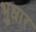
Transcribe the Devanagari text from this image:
भुधार